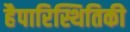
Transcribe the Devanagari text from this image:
हैपारिस्थितिकी